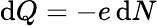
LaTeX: \mathrm{d}Q=-e\, \mathrm{d}N